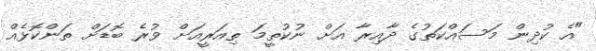
"އެ ކުދިން މަސައްކަތުގެ ދާއިރާ އަށް ނުކުތީމަ ތިއަރީއަށް ވުރެ ބޮޑަށް ތަންކޮޅެއް